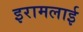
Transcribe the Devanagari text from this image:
इरामलाई